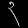
Digit: ၃